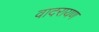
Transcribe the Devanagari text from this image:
वादरायण